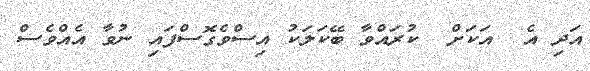
އަދި އެ  އަކަށް  ކުރައްވާ ބޭކަލަކު އިސްވެގޮސްފައި ނުވާ އެއްވެސް